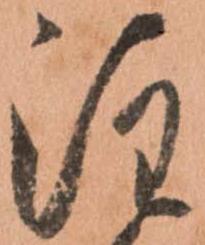
注